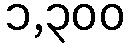
၁,၃၀၀